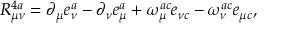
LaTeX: { \cal R } _ { \mu \nu } ^ { 4 a } = \partial _ { \mu } e _ { \nu } ^ { a } - \partial _ { \nu } e _ { \mu } ^ { a } + \omega _ { \mu } ^ { a c } e _ { \nu c } ^ { } - \omega _ { \nu } ^ { a c } e _ { \mu c } ^ { } ,